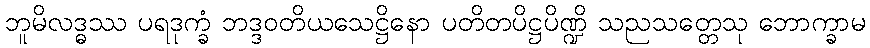
ဘူမိလဒ္ဓဿ ပရဒုက္ခံ ဘဒ္ဒဝတိယသေဋ္ဌိနော ပတိတပိဋ္ဌပိဏ္ဍိ သညသတ္တေသု ဘောက္ခာမ